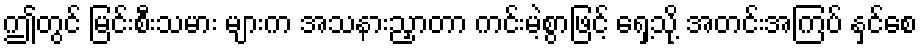
ဤတွင် မြင်းစီးသမား များက အသနားညှာတာ ကင်းမဲ့စွာဖြင့် ရှေ့သို့ အတင်းအကြပ် နှင်စေ